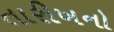
તારીખનો